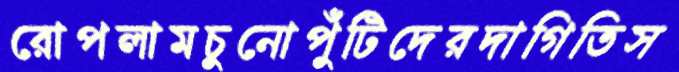
রোপলামচুনোপুঁটিদেরদাগিতিস